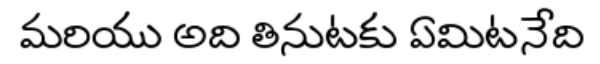
మరియు అది తినుటకు ఏమిటనేది